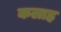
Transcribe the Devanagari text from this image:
कलाह